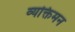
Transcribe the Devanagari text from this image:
व्यक्तिमन